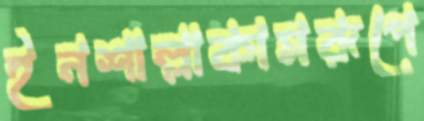
ইনশাল্লাকামরূপে